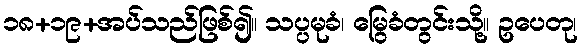
၁၈+၁၉+အပ်သည်ဖြစ်၍။ သပ္ပမုခံ၊ မြွေခံတွင်းသို့။ ဥပေတု၊